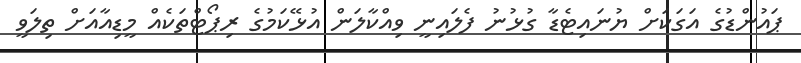
ޕައުންޑުގެ އަގަކަށް ޔުނައިޓެޑާ ގުޅުނު ފެލައިނީ ވިއްކާލަން އުޅޭކަމުގެ ރިޕޯޓްތަކެއް މީޑިއާއަށް ތިލަވީ